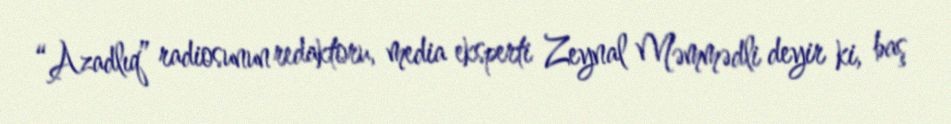
“Azadlıq” radiosunun redaktoru, media eksperti Zeynal Məmmədli deyir ki, baş